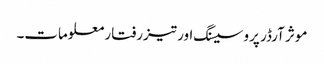
موثر آرڈر پروسیسنگ اور تیزرفتار معلومات۔